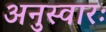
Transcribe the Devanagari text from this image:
अनुस्वारः